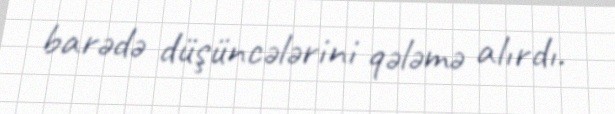
barədə düşüncələrini qələmə alırdı.